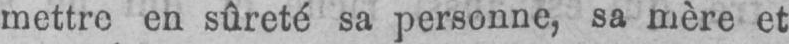
mettre en sûreté sa personne, sa mère et